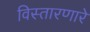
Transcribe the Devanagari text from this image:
विस्तारणारे